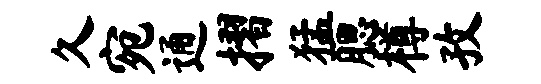
久宛通摺猛腮樽孜